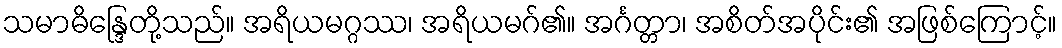
သမာဓိန္ဒြေတို့သည်။ အရိယမဂ္ဂဿ၊ အရိယမဂ်၏။ အင်္ဂတ္တာ၊ အစိတ်အပိုင်း၏ အဖြစ်ကြောင့်။